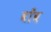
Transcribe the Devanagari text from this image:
वाँव